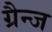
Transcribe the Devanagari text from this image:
ग्रैन्ज